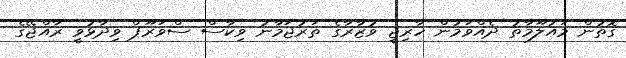
ގޮތުން މައުލޫމާތު ދެއްވަމުން ހާރިޖީ ވުޒާރާގެ ތަރުޖަމާނު ވިކާސް ސްވަރޫޕް ވިދާޅުވީ ރާއްޖޭގެ